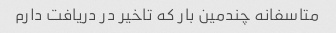
متاسفانه چندمین بار که تاخیر در دریافت دارم